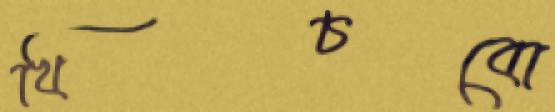
খিঁচবো